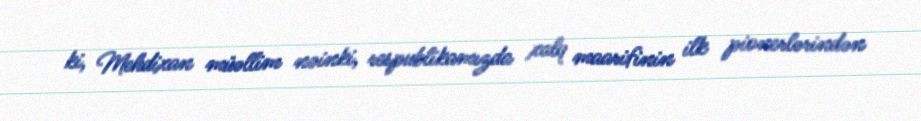
ki, Mehdixan müəllim nəinki, respublikamızda xalq maarifinin ilk pionerlərindən